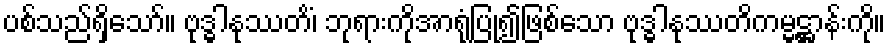
ပစ်သည်ရှိသော်။ ဗုဒ္ဓါနုဿတိံ၊ ဘုရားကိုအာရုံပြု၍ဖြစ်သော ဗုဒ္ဓါနုဿတိကမ္မဋ္ဌာန်းကို။